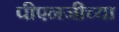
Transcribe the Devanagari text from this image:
पीएनजीच्या